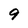
Character: 9